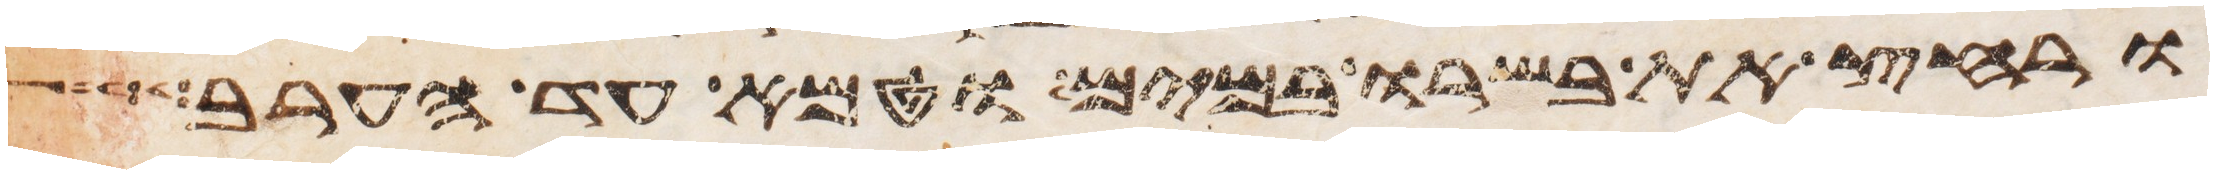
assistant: ורחץ את בשרו במים וטמא עד הערב